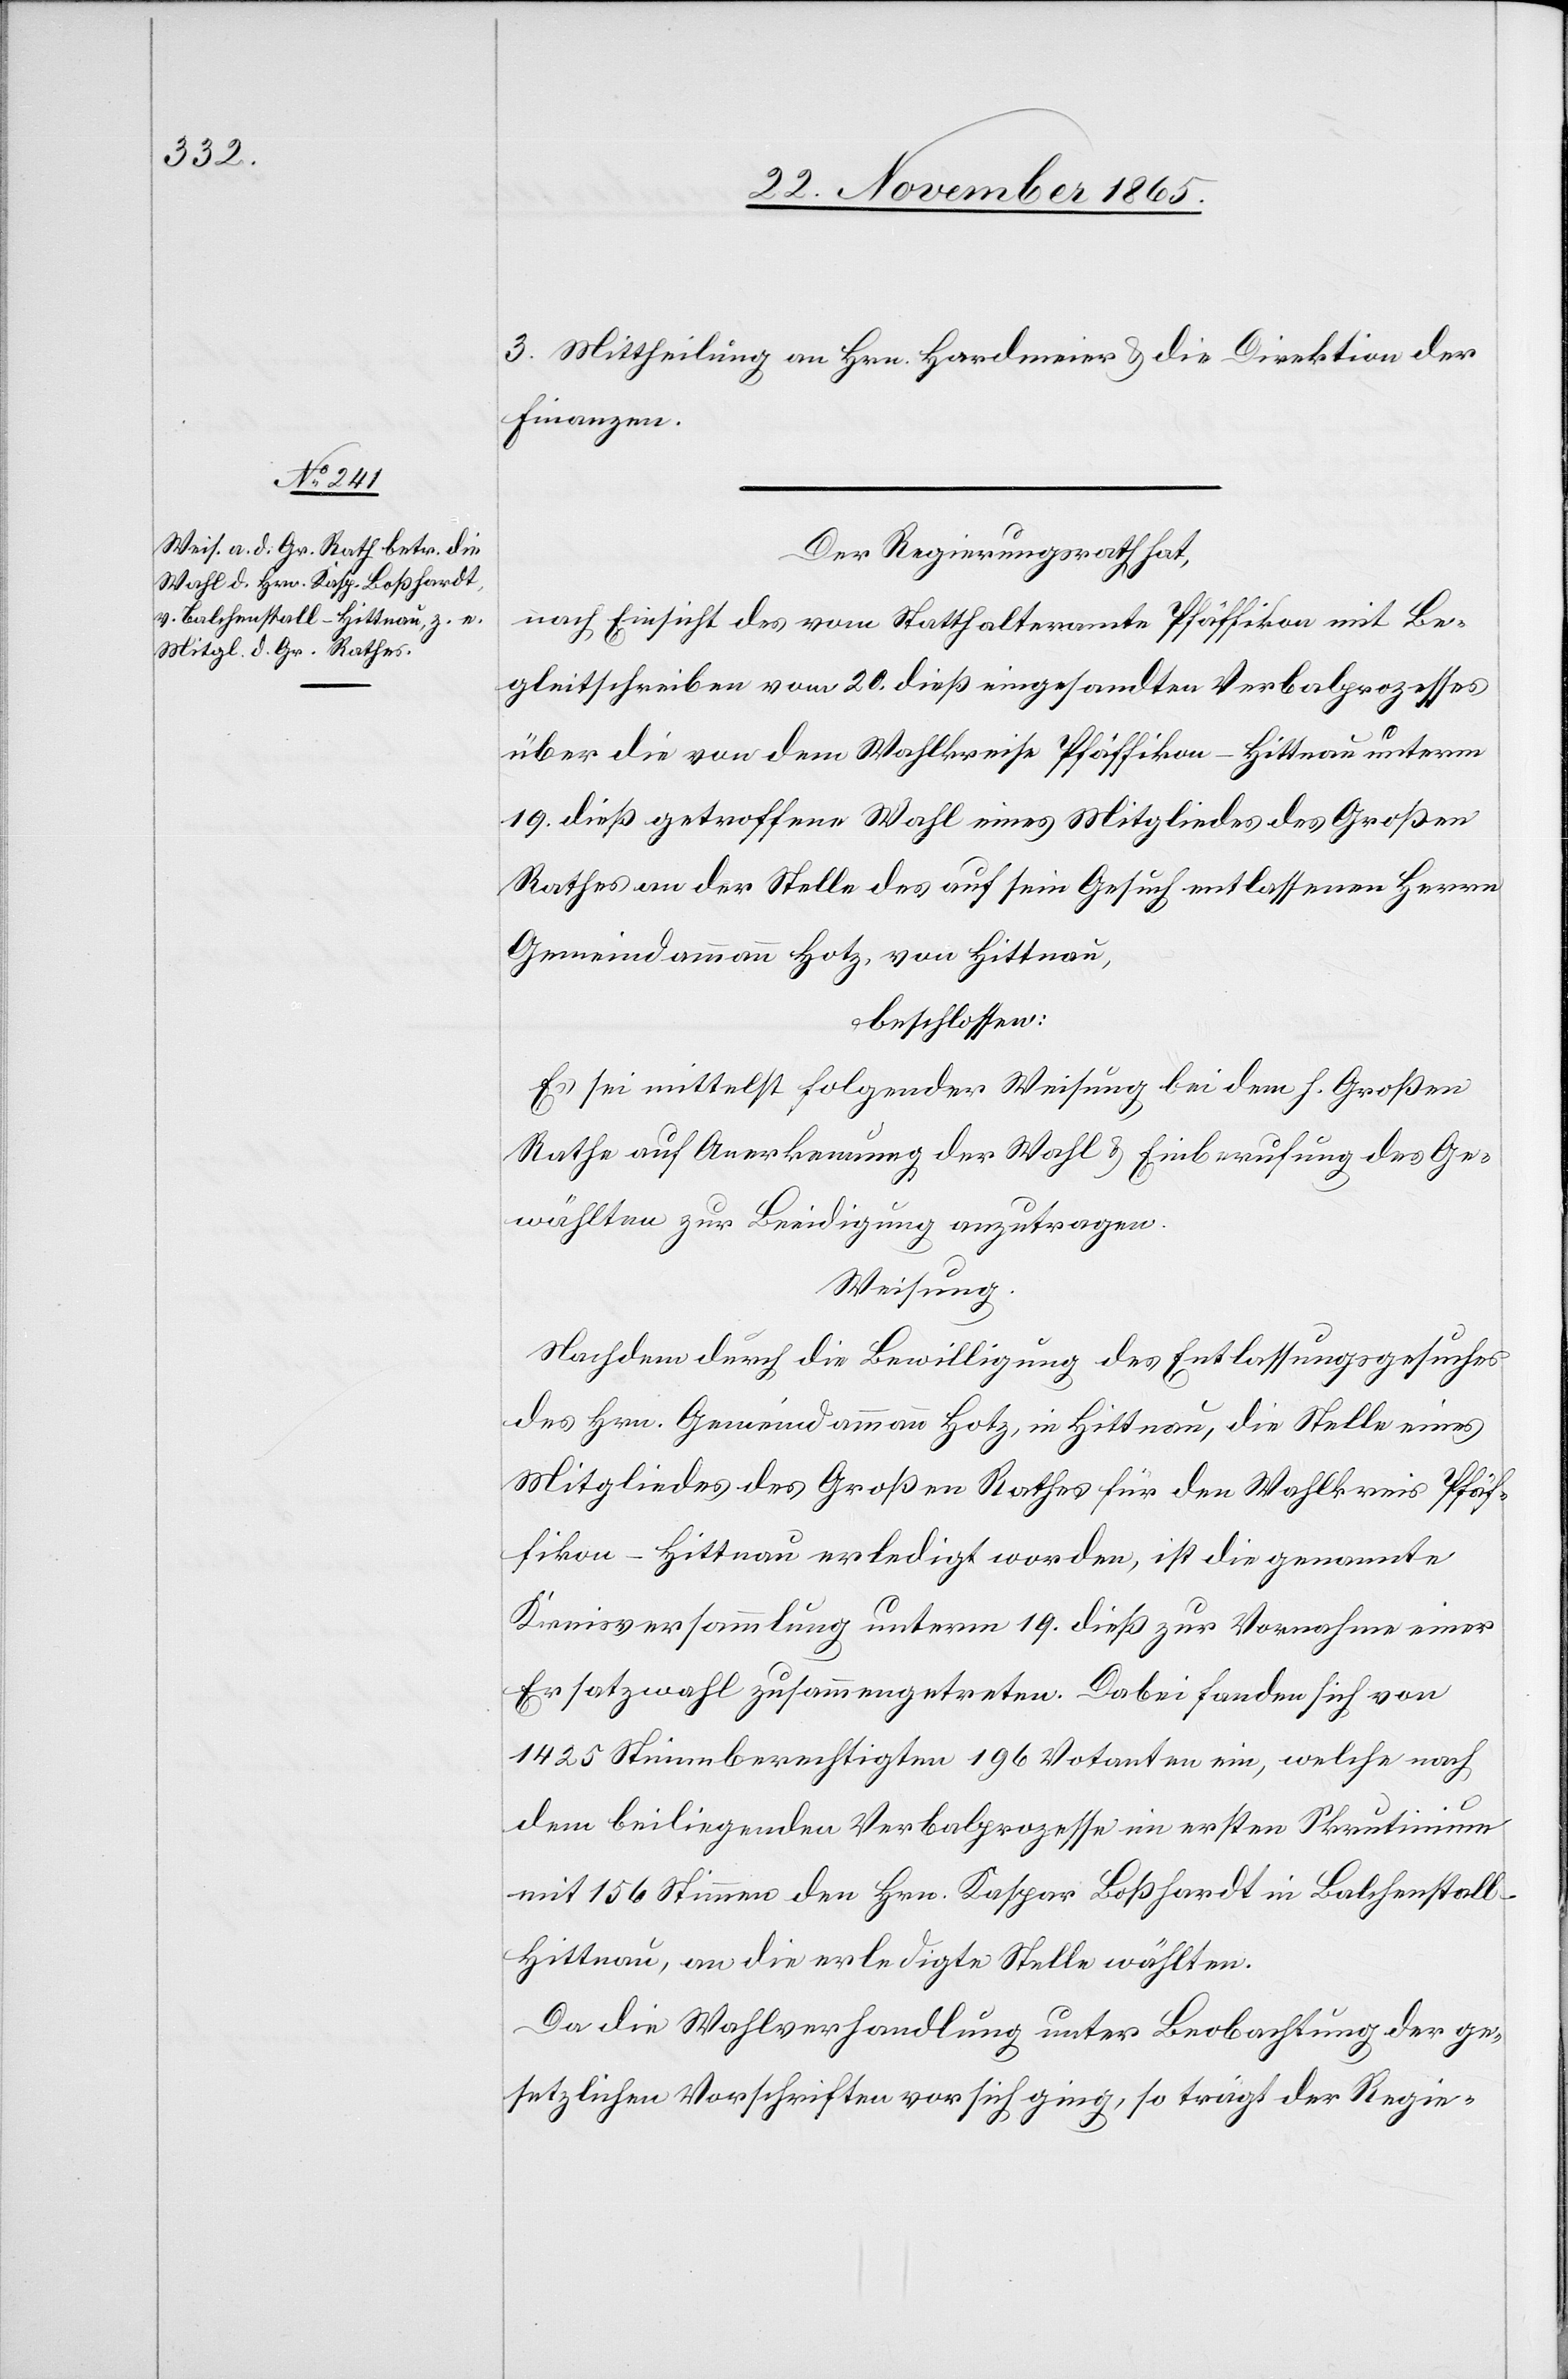
3. Mittheilung an Hrn. Hardmeier & die Direktion der
Finanzen.
Der Regierungsrath hat,
nach Einsicht des vom Statthalteramte Pfäffikon mit Be¬
gleitschreiben vom 20. dieß eingesandten Verbalprozesses
über die von dem Wahlkreise Pfäffikon-Hittnau unterm
19. dieß getroffenen Wahl eines Mitgliedes des Großen
Rathes an der Stelle des auf sein Gesuch entlassenen Herrn
Gemeindammann Hotz, von Hittnau,
beschlossen:
Es sei mittelst folgender Weisung bei dem h. Großen
Rathe auf Anerkennung der Wahl & Einberufung des Ge¬
wählten zur Beeidigung anzutragen.
Weisung.
Nachdem durch die Bewilligung des Entlassungsgesuches
des Hrn. Gemeindammann Hotz, in Hittnau, die Stelle eines
Mitgliedes des Großen Rathes für den Wahlkreis Pfäf¬
fikon-Hittnau erledigt worden, ist die genannte
Kreisversammlung unterm 19. dieß zur Vornahme einer
Ersatzwahl zusammengetreten. Dabei fanden sich von
1425 Stimmberechtigten 196 Votanten ein, welche nach
dem beiliegenden Verbalprozesse im ersten Skrutinium
mit 156 Stimmen den Hrn. Kaspar Boßhardt in Balchenstall -
Hittnau, an die erledigte Stelle wählten.
Da die Wahlverhandlung unter Beobachtung der ge¬
setzlichen Vorschriften vor sich ging, so trägt der Regie-